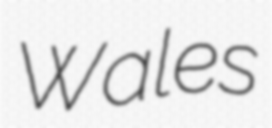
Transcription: Wales